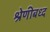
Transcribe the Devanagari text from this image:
श्रेणीबध्द